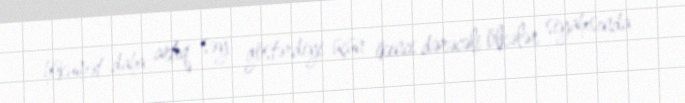
hökumət daha artıq səy göstərdiyi üçün ikinci dərəcəli ölkələr siyahısında